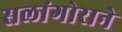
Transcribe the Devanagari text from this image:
सलांगोराने